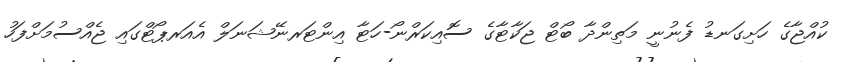
ކުއްޖާގެ ހަށިގަނޑު ފެނުނީ މަތިންދާ ބޯޓް ޖަކާޓާގެ ސޮއިކަރްނޯ-ހަޓާ އިންޓަރނޭޝަނަލް އެއަރޕޯޓްގައި ޖެއްސުމަށްފަހު